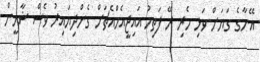
އޭނާގެ ގަޔަށް ވަޅި ހެރި ރޭ ފަތިހު އައިޖީއެމްއެޗަށް ގެންދިޔައިރު ވެސް ޝާހީން